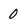
Character: 0